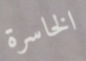
الخاسرة